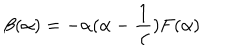
\beta ( \alpha ) = - \alpha ( \alpha - \frac { 1 } { \alpha } ) F ( \alpha )